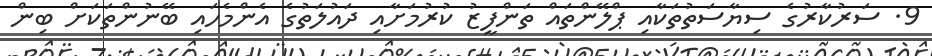
9. ސަރުކާރުގެ ސިޔާސަތުތަކާއި ޕްލޭންތައް ތަންފީޒު ކުރުމަށާއި ދައުލަތުގެ އެންމެހައި ބޭނުންތަކަށް ބިން